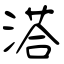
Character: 溚